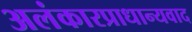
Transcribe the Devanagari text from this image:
अलंकारप्राधान्यवाद